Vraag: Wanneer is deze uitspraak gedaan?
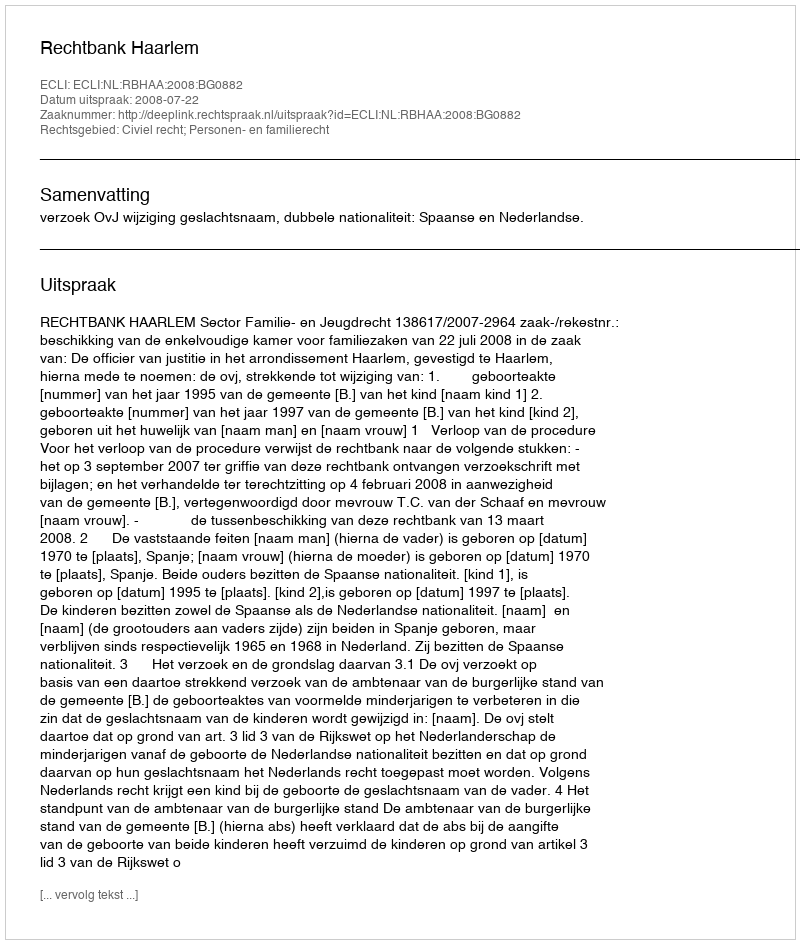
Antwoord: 2008-07-22